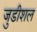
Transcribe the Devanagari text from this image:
जुडीशल